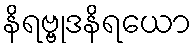
နိရဗ္ဗုဒနိရယော